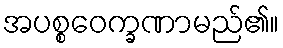
အပစ္စဝေက္ခဏာမည်၏။